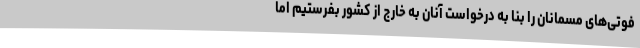
فوتی‌های مسمانان را بنا به درخواست آنان به خارج از کشور بفرستیم اما